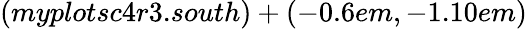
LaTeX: (myplotsc4r3.south)+(-0.6em,-1.10em)